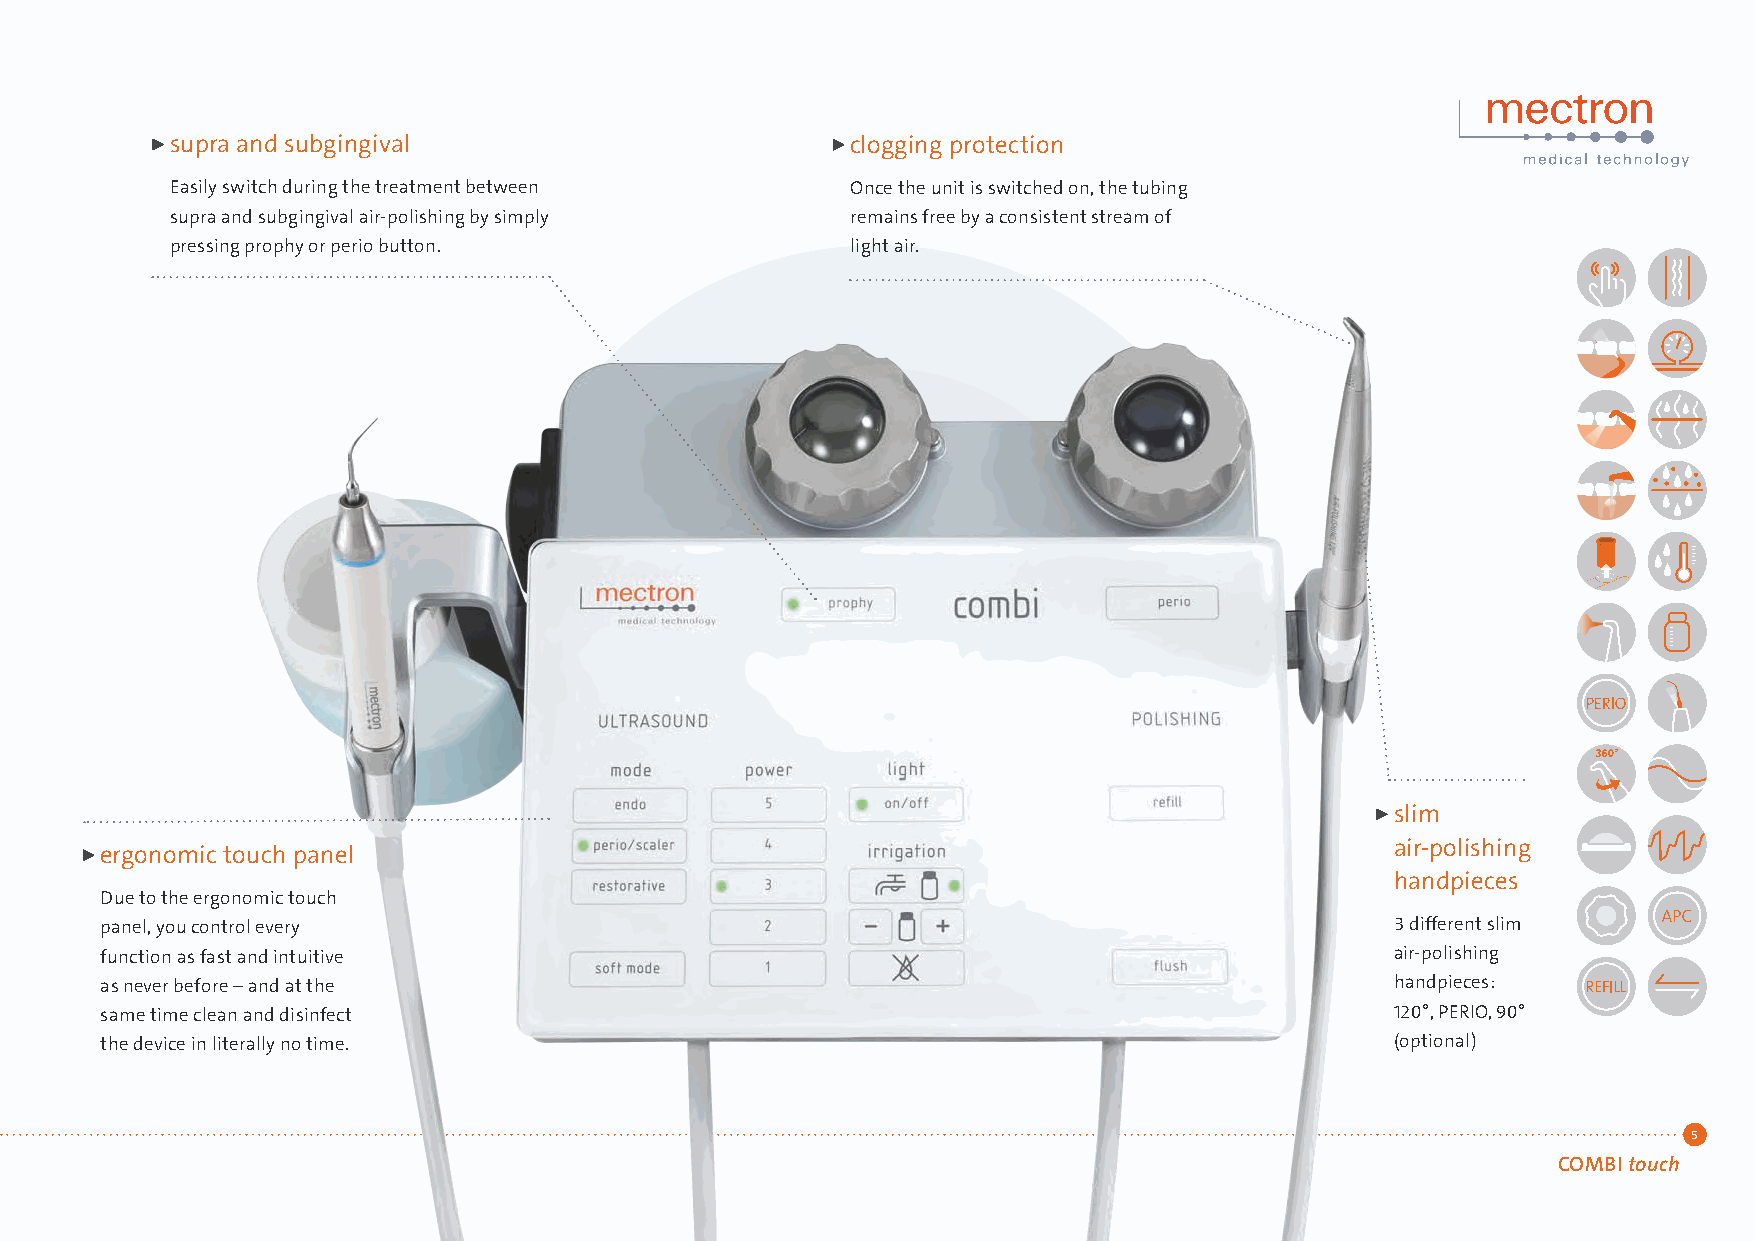
supra and subgingival                        clogging protection
 Easily switch during the treatment between   Once the unit is switched on, the tubing
 supra and subgingival air-polishing by simply remains free by a consistent stream of
 pressing prophy or perio button.             light air.
 slim
 air-polishing
 ergonomic touch panel
 handpieces
 Due to the ergonomic touch
 panel, you control every                                                             3 different slim
 function as fast and intuitive                                                       air-polishing
 as never before – and at the                                                         handpieces:
 same time clean and disinfect                                                        120°, PERIO, 90°
 the device in literally no time.                                                     (optional)
 5
 COMBI touch